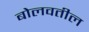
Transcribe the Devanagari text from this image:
बोलवतील